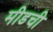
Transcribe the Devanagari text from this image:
मीडची